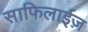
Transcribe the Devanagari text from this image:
साफिलाईज़